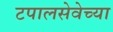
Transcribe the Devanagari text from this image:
टपालसेवेच्या